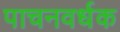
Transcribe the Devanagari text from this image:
पाचनवर्धक